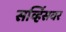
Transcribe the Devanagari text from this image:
सर्व्हिसवर